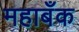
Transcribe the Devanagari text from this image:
महाबँक